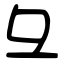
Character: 彑